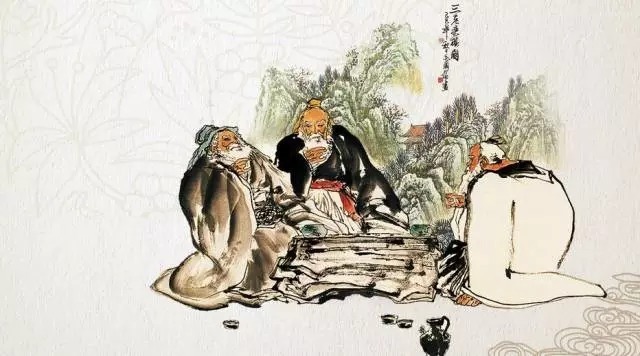
凡天下祸篡怨恨，其所以起者，以不相爱生也，是以仁者非之。